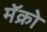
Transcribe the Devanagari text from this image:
मॅक्रो